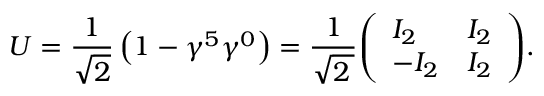
U = { \frac { 1 } { \sqrt { 2 } } } \left( 1 - \gamma ^ { 5 } \gamma ^ { 0 } \right) = { \frac { 1 } { \sqrt { 2 \, } } } { \left( \begin{array} { l l } { I _ { 2 } } & { I _ { 2 } } \\ { - I _ { 2 } } & { I _ { 2 } } \end{array} \right) } .